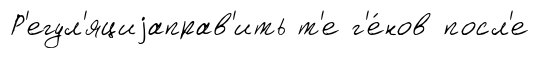
Р'егул'яциjаправ'ить т'е г'е́нов посл'е